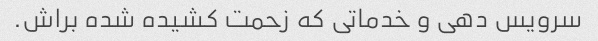
سرویس دهی و خدماتی که زحمت کشیده شده براش.